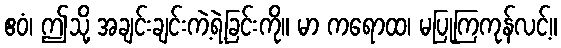
ဧဝံ၊ ဤသို့ အချင်းချင်းကဲ့ရဲ့ခြင်းကို။ မာ ကရောထ၊ မပြုကြကုန်လင့်။